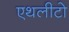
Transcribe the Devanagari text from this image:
एथलीटो